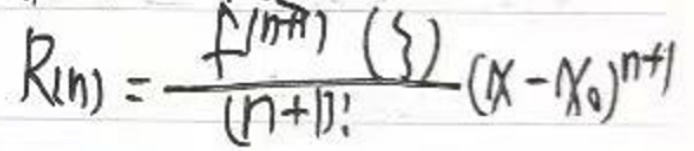
\[
R_n = \frac{f^{(n+1)}(\xi)}{(n + 1)!}(x - x_0)^{n+1}
\]